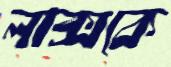
লাক্সকে